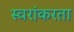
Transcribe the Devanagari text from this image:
स्वरांकरता